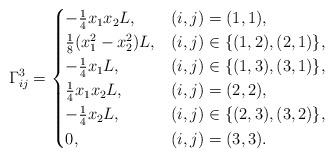
LaTeX: \begin{align*}\Gamma_{ij}^{3} =\begin{cases}-\tfrac14 {x_1 x_2} L, & (i,j)=(1,1), \\\tfrac18 ({x_{1}^{2}-x_{2}^{2}}) L, & (i,j)\in \{(1,2),(2,1)\}, \\-\tfrac14 {x_1} L, & (i,j)\in \{(1,3),(3,1)\}, \\\tfrac14 {x_1 x_2} L, & (i,j)=(2,2),\\-\tfrac14 {x_2} L, & (i,j) \in \{ (2,3), (3,2)\},\\0, & (i,j)=(3,3). \\\end{cases}\end{align*}